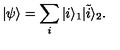
| \psi \rangle = \sum _ { i } | i \rangle _ { 1 } | \tilde { i } \rangle _ { 2 } .